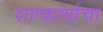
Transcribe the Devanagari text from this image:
शात्कार्याचा